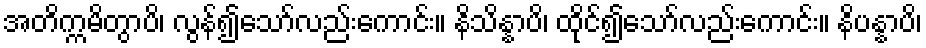
အတိက္ကမိတွာပိ၊ လွန်၍သော်လည်းကောင်း။ နိသိန္နာပိ၊ ထိုင်၍သော်လည်းကောင်း။ နိပန္နာပိ၊